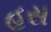
હસ